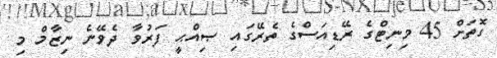
ގޮތަށް 45 މިނިޓްގެ ރޭޑިއަސްގެ ތެރޭގައި ޞިއްޙީ ފަރުވާ ދެވޭނެ ނިޒާމް މި